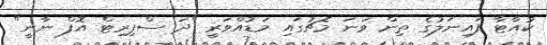
ކުއާޓާ ފައިނަލުގެ ތިން ވަނަ މެޗުގައި މަޑުއްވަރީ "ދަ ސްޕިރިޓް އޮފް ނާނީ"